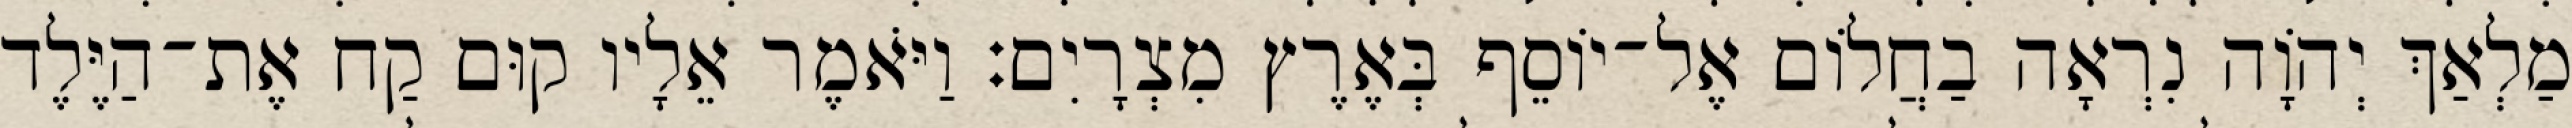
מַלְאַךְ יְהוָֹה נִרְאָה בַחֲלוֹם אֶל־יוֹסֵף בְּאֶרֶץ מִצְרָיִם׃ וַיֹּאמֶר אֵלָיו קוּם קַח אֶת־הַיֶּלֶד